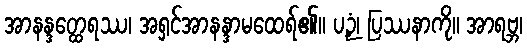
အာနန္ဒတ္ထေရဿ၊ အရှင်အာနန္ဒာမထေရ်၏။ ပဉှံ၊ ပြဿနာကို။ အာရဗ္ဘ၊